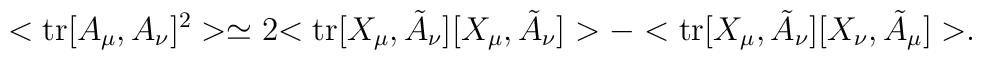
<{\rm tr}[A_\mu,A_\nu]^2> \simeq   2 { <{\rm tr}[X_\mu, \tilde{A}_\nu] [X_\mu, \tilde{A}_\nu]>  - < {\rm tr}[X_\mu, \tilde{A}_\nu] [X_\nu, \tilde{A}_\mu]> }.